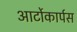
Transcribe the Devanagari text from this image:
आर्टोकार्पस